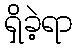
ရှိခဲ့ရာ